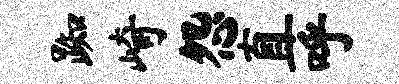
踟崎怨直呼